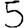
Digit: 5